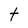
Character: t